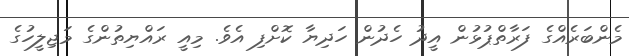
މެންބަރެއްގެ ފަރާތްޕުޅުން އީދު ހެދުން ހަދިޔާ ކޮށްފި އެވެ. މިއީ ރައްޔިތުންގެ މަޖިލީހުގެ